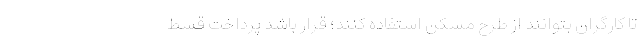
تا کارگران بتوانند از طرح مسکن استفاده کنند؛ قرار باشد پرداخت قسط